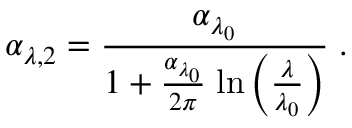
\alpha _ { \lambda , 2 } = \frac { \alpha _ { \lambda _ { 0 } } } { 1 + \frac { \alpha _ { \lambda _ { 0 } } } { 2 \pi } \; \mathrm { l n } \left( \frac { \lambda } { \lambda _ { 0 } } \right) } \; .